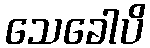
သေခေါပိ